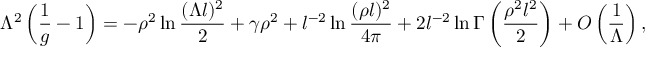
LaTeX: \Lambda ^ { 2 } \left( \frac { 1 } { g } - 1 \right) = - \rho ^ { 2 } \ln \frac { ( \Lambda l ) ^ { 2 } } { 2 } + \gamma \rho ^ { 2 } + l ^ { - 2 } \ln \frac { ( \rho l ) ^ { 2 } } { 4 \pi } + 2 l ^ { - 2 } \ln \Gamma \left( \frac { \rho ^ { 2 } l ^ { 2 } } { 2 } \right) + O \left( \frac { 1 } { \Lambda } \right) ,